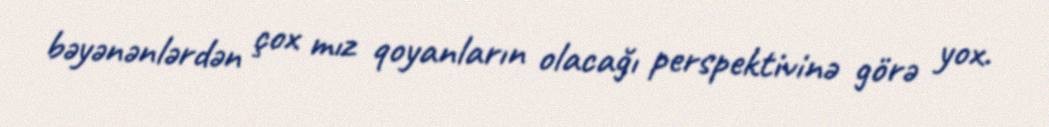
bəyənənlərdən çox mız qoyanların olacağı perspektivinə görə yox.